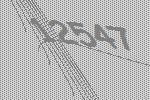
12547